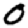
Digit: 0